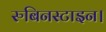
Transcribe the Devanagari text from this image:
रुबिनस्टाइन।